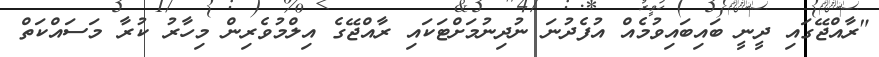
"ރާއްޖޭގައި ދީނީ ބައިބައިވުމެއް އުފެދުނަ ނުދިނުމަށްޓަކައި ރާއްޖޭގެ އިލްމުވެރިން މިހާރު ކުރާ މަސައްކަތް